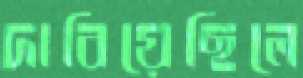
দাবিয়েছিলে